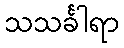
သသင်္ခါရာ